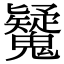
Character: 𩴷